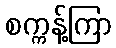
စက္ကန့်ကြာ